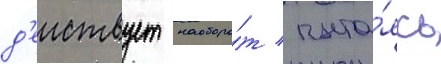
д'еиствует наоборо́т / пыта́ясь